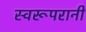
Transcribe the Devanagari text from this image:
स्वरूपरानी